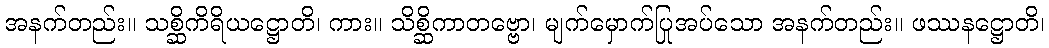
အနက်တည်း။ သစ္ဆိကိရိယဋ္ဌောတိ၊ ကား။ သိစ္ဆိကာတဗ္ဗော၊ မျက်မှောက်ပြုအပ်သော အနက်တည်း။ ဖဿနဋ္ဌောတိ၊